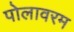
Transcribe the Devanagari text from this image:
पोलावरम